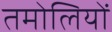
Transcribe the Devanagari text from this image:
तमोलियों